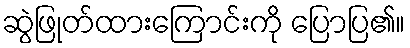
ဆွဲဖြုတ်ထားကြောင်းကို ပြောပြ၏။